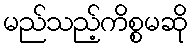
မည်သည့်ကိစ္စမဆို